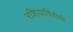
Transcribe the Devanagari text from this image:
रशियाविरोधी